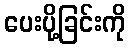
ပေးပို့ခြင်းကို